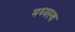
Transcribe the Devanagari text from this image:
मध्‍यस्‍थ